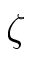
\zeta